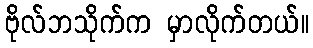
ဗိုလ်ဘသိုက်က မှာလိုက်တယ်။